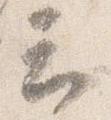
云